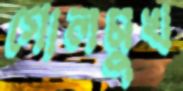
গোলমুখ